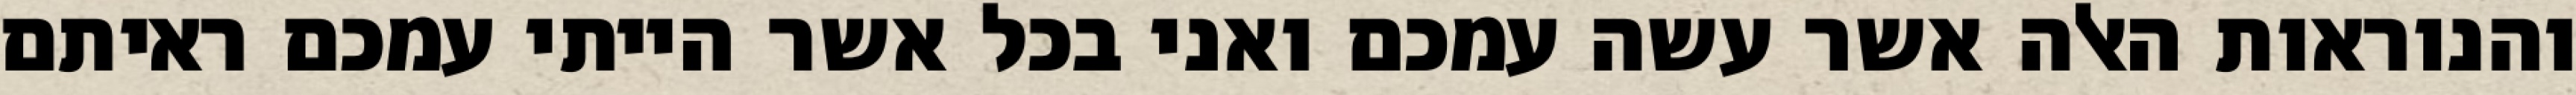
והנוראות האלה אשר עשה עמכם ואני בכל אשר הייתי עמכם ראיתם